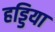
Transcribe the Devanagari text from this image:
हड्डिया